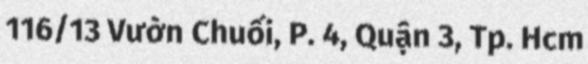
116/13 Vườn Chuối, P. 4, Quận 3, Tp. Hcm